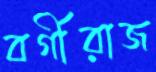
বর্গীরাজ